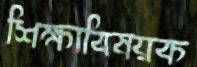
শিক্ষাবিষয়ক